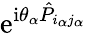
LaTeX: \mathrm{e}^{\mathrm{i}\theta_{\alpha}\hat{P}_{i_{\alpha}j_{\alpha}}}